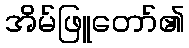
အိမ်ဖြူတော်၏